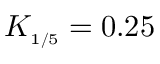
K _ { \scriptscriptstyle { 1 / 5 } } = 0 . 2 5